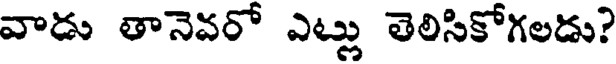
వాడు తానెవరో ఎట్లు తెలిసికోగలడు?